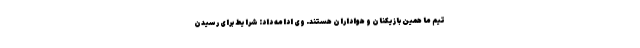
تیم ما همین بازیکنان و هواداران هستند. وی ادامه داد: شرایط برای رسیدن